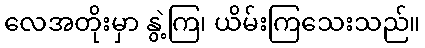
လေအတိုးမှာ နွဲ့ကြ၊ ယိမ်းကြသေးသည်။